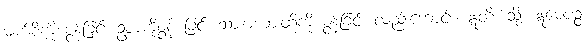
မျက်စိကို စွန့်ခြင်း ဥစ္စာကိုစွန့် ခြင်း သားမယားတို့ကို စွန့်ခြင်း လည်းကောင်း။ ဣတိ၊ သို့။ ဣမေပဉ္စ